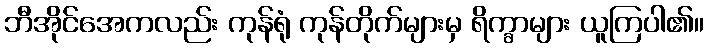
ဘီအိုင်အေကလည်း ကုန်ရုံ ကုန်တိုက်များမှ ရိက္ခာများ ယူကြပါ၏။